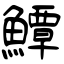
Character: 鱏